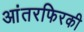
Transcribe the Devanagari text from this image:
आंतरफिरकी